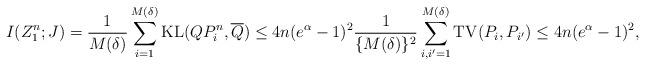
LaTeX: \begin{align*} I(Z_1^n; J) = \frac{1}{M(\delta)} \sum_{i=1}^{M(\delta)} \mathrm{KL}(QP^n_i, \overline{Q}) \leq 4n(e^\alpha-1)^2 \frac{1}{\{M(\delta)\}^2} \sum_{i,i'=1}^{M(\delta)} \mathrm{TV}(P_i,P_{i'}) \leq 4n(e^\alpha-1)^2,\end{align*}